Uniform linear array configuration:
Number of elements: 48
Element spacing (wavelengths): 0.5
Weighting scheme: cosine
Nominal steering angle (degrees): -30
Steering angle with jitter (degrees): -29.747
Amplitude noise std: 0.05
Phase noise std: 0.05

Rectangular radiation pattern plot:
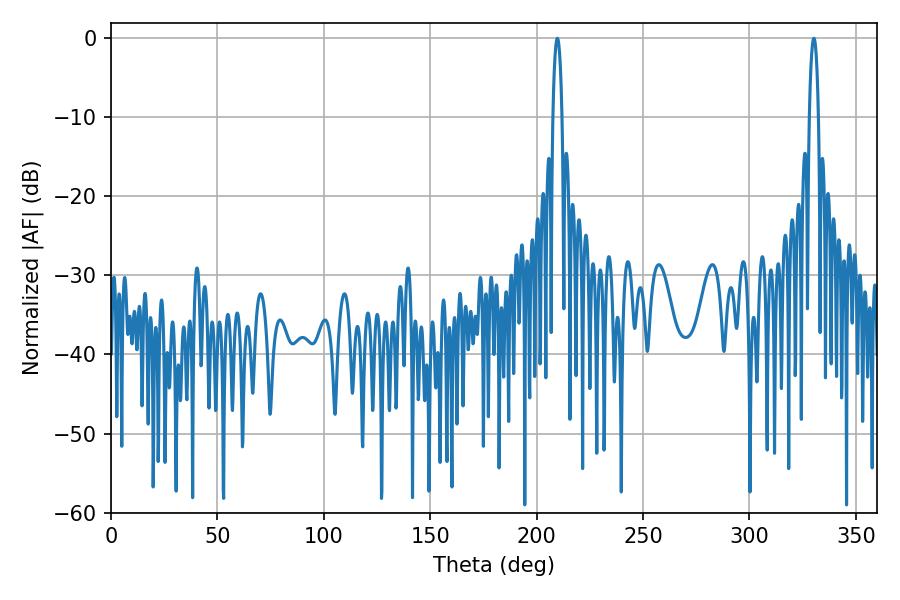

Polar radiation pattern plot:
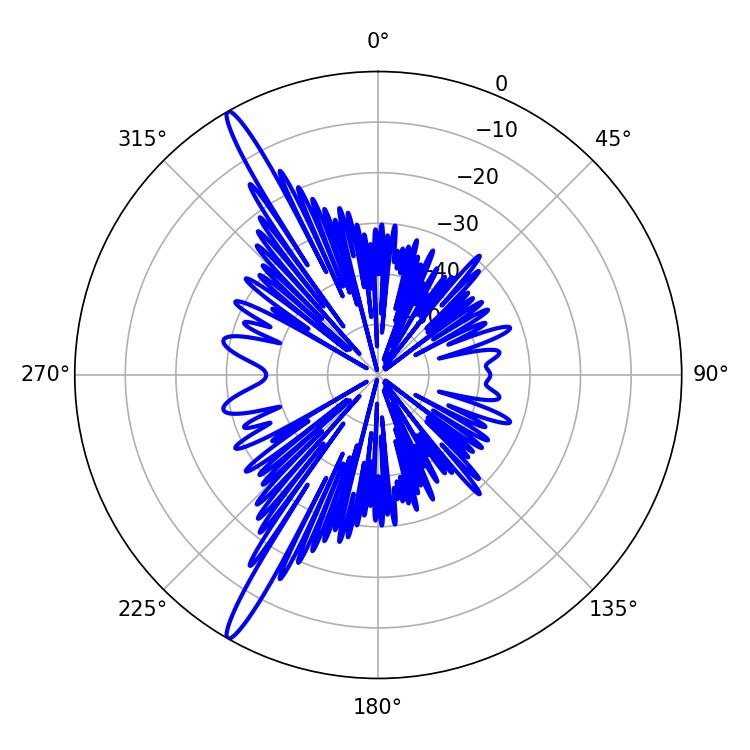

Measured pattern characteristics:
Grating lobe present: FALSE
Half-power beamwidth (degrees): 2.34
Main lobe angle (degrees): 209.7